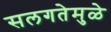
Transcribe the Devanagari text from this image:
सलगतेमुळे